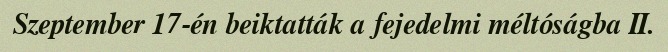
Szeptember 17-én beiktatták a fejedelmi méltóságba II.